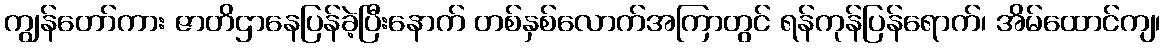
ကျွန်တော်ကား ဇာတိဌာနေပြန်ခဲ့ပြီးနောက် တစ်နှစ်လောက်အကြာတွင် ရန်ကုန်ပြန်ရောက်၊ အိမ်ထောင်ကျ၊